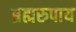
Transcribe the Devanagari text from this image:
ब्रह्मरुपाय